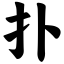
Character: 扑